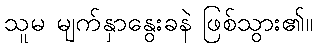
သူမ မျက်နှာနွေးခနဲ ဖြစ်သွား၏။